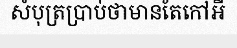
សំបុត្រប្រាប់ថាមានតែកៅអី